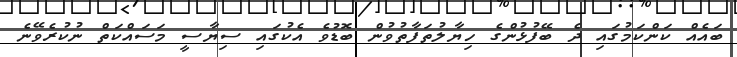
ބައެއް ކަންކަމުގައި ދެ ބޭފުޅުންގެ ހިޔާލުތަފާތުވުން ބޮޑުވެ އެކުގައި ސިޔާސީ މަސައްކަތް ނުކުރެވޭނެ